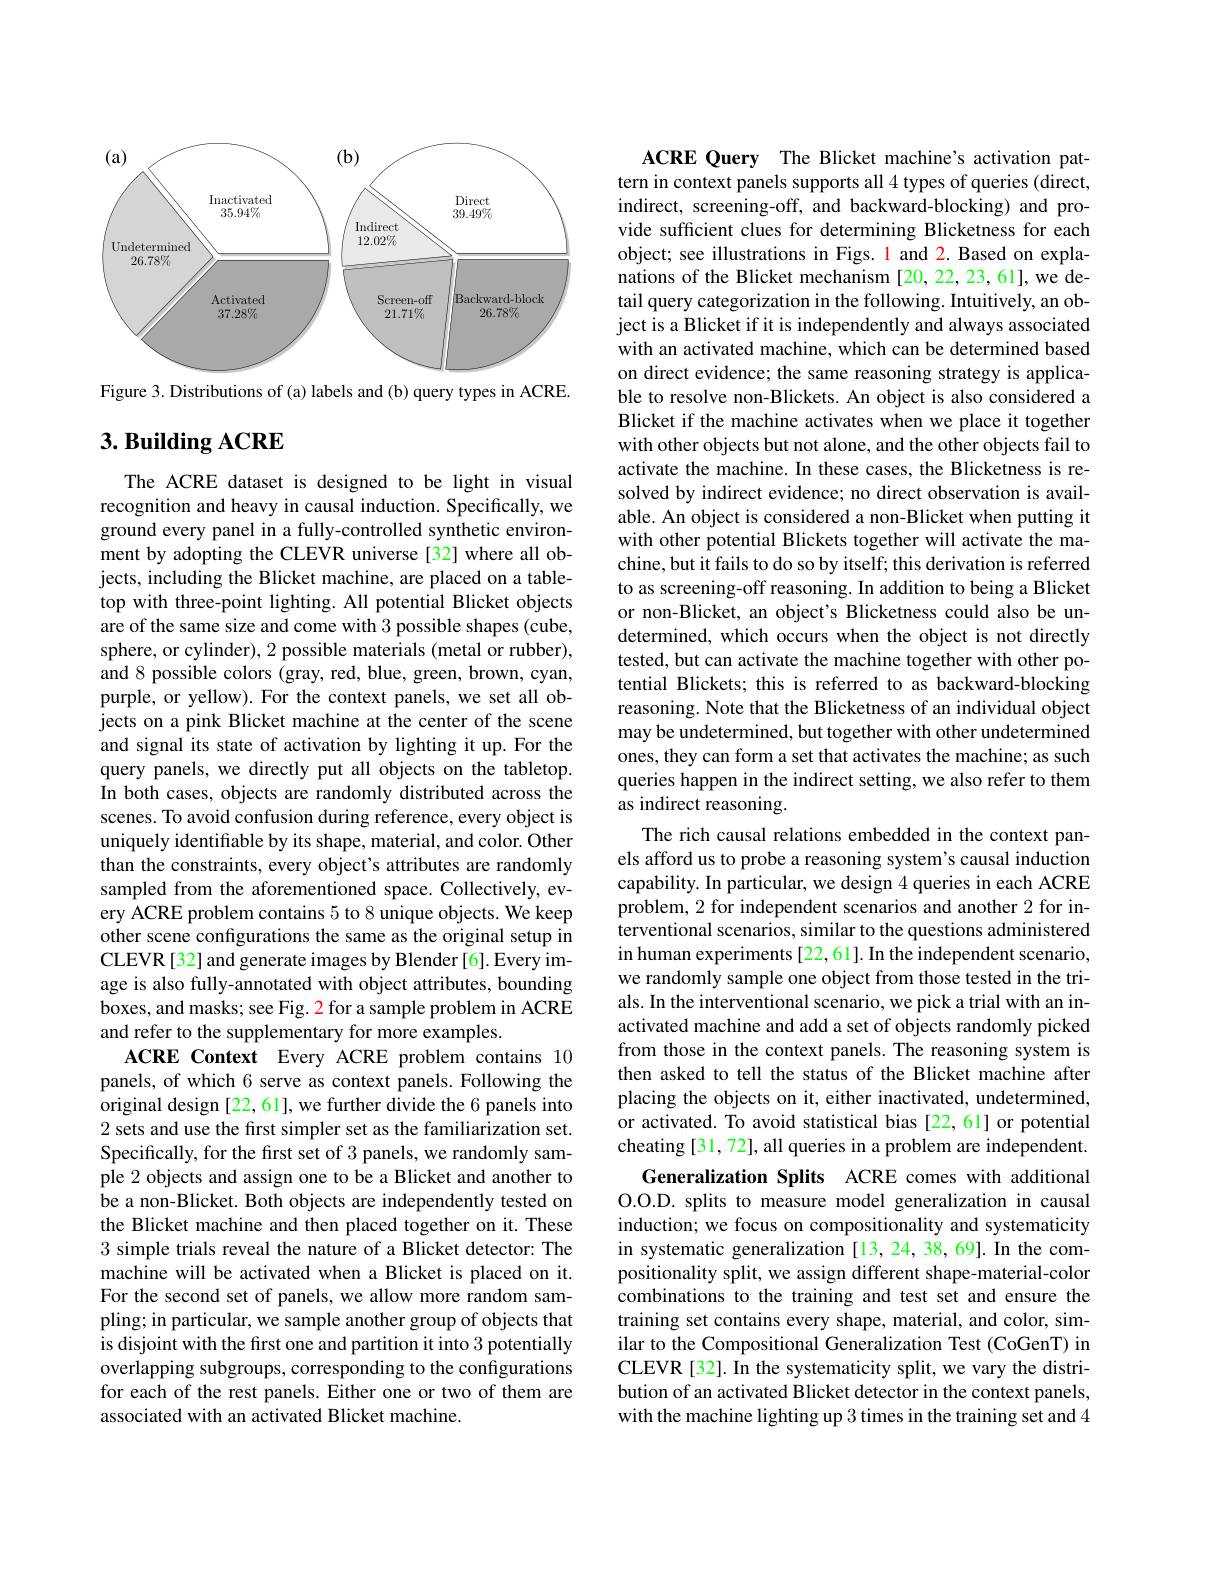
<FigureHere>

Figure 3. Distributions of (a) labels and (b) query types in ACRE.

# $3. \textbf{Building ACRE}$

The ACRE dataset is designed to be light in visual recognition and heavy in causal induction. Specifically, we ground every panel in a fully-controlled synthetic environment by adopting the CLEVR universe[32] where all objects, including the Blicket machine, are placed on a tabletop with three-point lighting. All potential Blicket objects are of the same size and come with 3 possible shapes (cube, sphere, or cylinder), 2 possible materials (metal or rubber), and 8 possible colors (gray, red, blue, green, brown, cyan, purple, or yellow). For the context panels, we set all objects on a pink Blicket machine at the center of the scene and signal its state of activation by lighting it up. For the query panels, we directly put all objects on the tabletop. In both cases, objects are randomly distributed across the scenes. To avoid confusion during reference, every object is uniquely identifiable by its shape, material, and color. Other than the constraints, every object's attributes are randomly sampled from the aforementioned space. Collectively, every ACRE problem contains 5 to 8 unique objects. We keep other scene configurations the same as the original setup in CLEVR[32] and generate images by Blender[6]. Every image is also fully-annotated with object attributes, bounding boxes, and masks; see Fig. 2 for a sample problem in ACRE and refer to the supplementary for more examples.
ACRE Context Every ACRE problem contains 10 panels, of which 6 serve as context panels. Following the original design [22, 61], we further divide the 6 panels into 2 sets and use the first simpler set as the familiarization set. Specifically, for the first set of 3 panels, we randomly sample 2 objects and assign one to be a Blicket and another to be a non-Blicket. Both objects are independently tested on the Blicket machine and then placed together on it. These 3 simple trials reveal the nature of a Blicket detector: The machine will be activated when a Blicket is placed on it. For the second set of panels, we allow more random sampling; in particular, we sample another group of objects that is disjoint with the first one and partition it into 3 potentially overlapping subgroups, corresponding to the configurations for each of the rest panels. Either one or two of them are associated with an activated Blicket machine.

ACRE Query The Blicket machine's activation pattern in context panels supports all 4 types of queries (direct, indirect, screening-off, and backward-blocking) and provide sufficient clues for determining Blicketness for each object; see illustrations in Figs. 1 and 2. Based on explanations of the Blicket mechanism [20,22,23,61],we detail query categorization in the following. Intuitively, an object is a Blicket if it is independently and always associated with an activated machine, which can be determined based on direct evidence; the same reasoning strategy is applicable to resolve non-Blickets. An object is also considered a Blicket if the machine activates when we place it together with other objects but not alone, and the other objects fail to activate the machine. In these cases, the Blicketness is resolved by indirect evidence; no direct observation is available. An object is considered a non-Blicket when putting it with other potential Blickets together will activate the machine, but it fails to do so by itself; this derivation is referred to as screening-off reasoning. In addition to being a Blicket or non-Blicket, an object's Blicketness could also be undetermined, which occurs when the object is not directly tested, but can activate the machine together with other potential Blickets; this is referred to as backward-blocking reasoning. Note that the Blicketness of an individual object may be undetermined, but together with other undetermined ones, they can form a set that activates the machine; as such queries happen in the indirect setting, we also refer to them as indirect reasoning.
The rich causal relations embedded in the context panels afford us to probe a reasoning system's causal induction capability. In particular, we design 4 queries in each ACRE problem, 2 for independent scenarios and another 2 for interventional scenarios, similar to the questions administered in human experiments [22,61]. In the independent scenario, we randomly sample one object from those tested in the trials. In the interventional scenario, we pick a trial with an inactivated machine and add a set of objects randomly picked from those in the context panels. The reasoning system is then asked to tell the status of the Blicket machine after placing the objects on it, either inactivated, undetermined, or activated. To avoid statistical bias [22,61] or potential cheating [31,72], all queries in a problem are independent.
Generalization Splits ACRE comes with additional O.O.D. splits to measure model generalization in causal induction; we focus on compositionality and systematicity in systematic generalization[13,24,38,69].In the compositionality split, we assign different shape-material-color combinations to the training and test set and ensure the training set contains every shape, material, and color, similar to the Compositional Generalization Test (CoGenT) in CLEVR[32]. In the systematicity split, we vary the distribution of an activated Blicket detector in the context panels, with the machine lighting up 3 times in the training set and 4